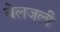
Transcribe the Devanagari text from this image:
वेलजली